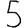
Digit: 5